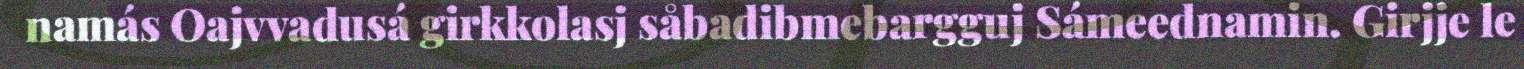
namás Oajvvadusá girkkolasj såbadibmebargguj Sámeednamin. Girjje le